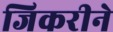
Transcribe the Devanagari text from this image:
जिकरीने